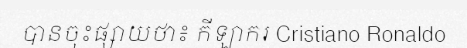
បានចុះផ្សាយថា៖ កីឡាករ Cristiano Ronaldo